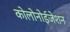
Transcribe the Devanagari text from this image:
कोलोनोईजेशन